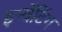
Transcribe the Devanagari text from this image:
इन्वेंटिंग